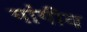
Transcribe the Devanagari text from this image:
गांगीय